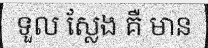
ទួល ស្លែង គឺ មាន